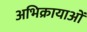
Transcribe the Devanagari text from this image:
अभिक्रायाओं